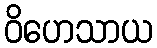
ဝိဟေသာယ